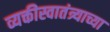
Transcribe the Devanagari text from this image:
व्यक्तीस्वातंत्र्याच्या